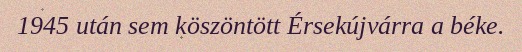
1945 után sem köszöntött Érsekújvárra a béke.